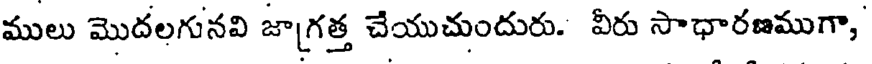
ములు మొదలగునవి జాగ్రత్త చేయుచుందురు. వీరు సాధారణముగా,